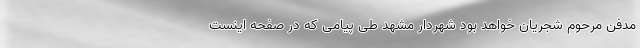
مدفن مرحوم شجریان خواهد بود شهردار مشهد طی پیامی که در صفحه اینست